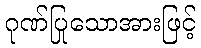
ဂုဏ်ပြုသောအားဖြင့်